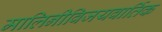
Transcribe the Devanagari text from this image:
मालिनीविजयवार्तिक